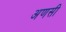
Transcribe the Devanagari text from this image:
अणसी